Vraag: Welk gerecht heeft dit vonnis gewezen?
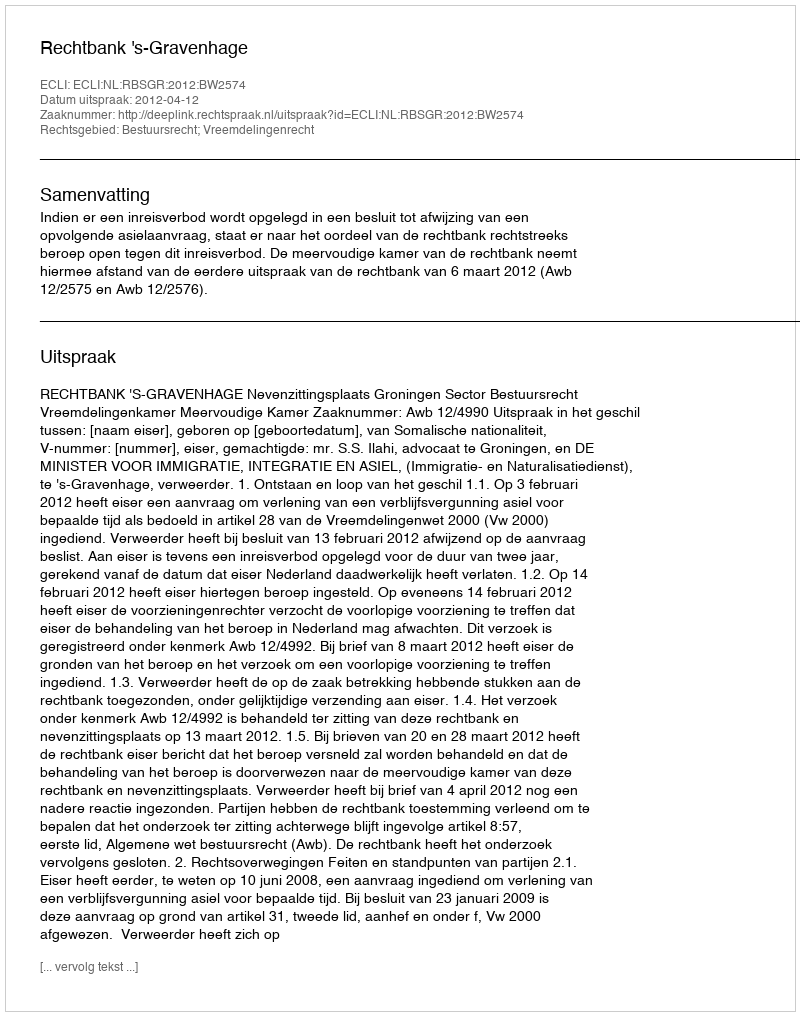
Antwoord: Rechtbank 's-Gravenhage